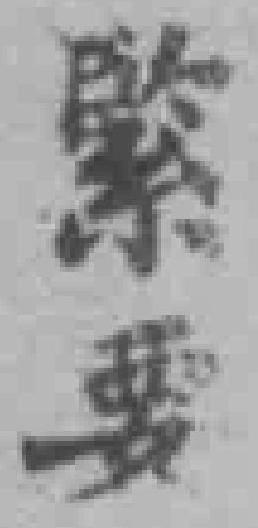
緊要